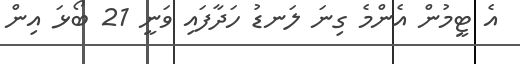
އެ ޓީމުން އެންމެ ގިނަ ލަނޑު ހަދާފައި ވަނީ 21 ބޯޅަ އިން